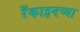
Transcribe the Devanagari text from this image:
रँकाइनच्या